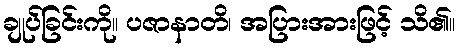
ချုပ်ခြင်းကို။ ပဇာနာတိ၊ အပြားအားဖြင့် သိ၏။